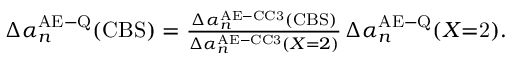
\begin{array} { r } { \Delta \alpha _ { n } ^ { \mathrm { A E \mathrm { - } Q } } ( \mathrm { C B S } ) = \frac { \Delta \alpha _ { n } ^ { \mathrm { A E \mathrm { - } C C 3 } } ( \mathrm { C B S } ) } { \Delta \alpha _ { n } ^ { \mathrm { A E \mathrm { - } C C 3 } } ( X \mathrm { = } 2 ) } \, \Delta \alpha _ { n } ^ { \mathrm { A E \mathrm { - } Q } } ( X \mathrm { \mathrm { = } 2 } ) . } \end{array}